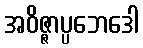
အဝိဇ္ဇာပ္ပဘေဒေါ